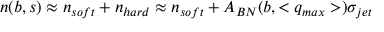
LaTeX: n ( b , s ) \approx n _ { s o f t } + n _ { h a r d } \approx n _ { s o f t } + A _ { B N } ( b , < q _ { m a x } > ) \sigma _ { j e t }